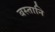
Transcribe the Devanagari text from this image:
बस्तानि